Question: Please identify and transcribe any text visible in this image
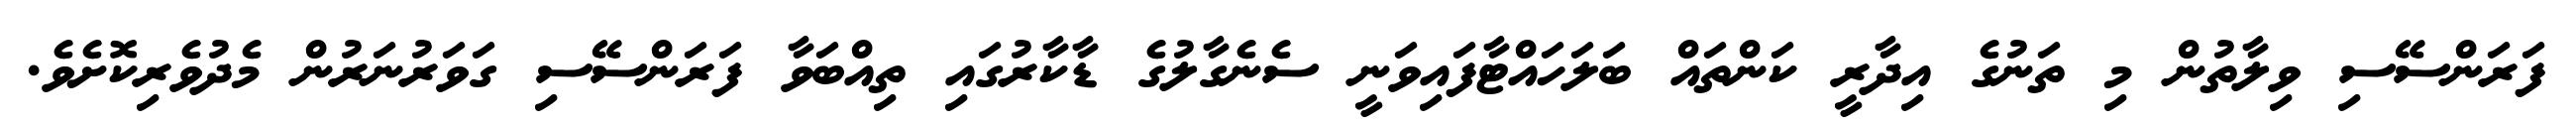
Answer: ފަރަންސޭސި ވިލާތުން މި ތަނުގެ އިދާރީ ކަންތައް ބަލަހައްޓާފައިވަނީ ސެނެގާލުގެ ޑާކާރުގައި ތިއްބަވާ ފަރަންސޭސި ގަވަރުނަރުން މެދުވެރިކޮށެވެ.